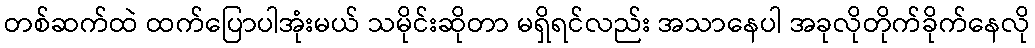
တစ်ဆက်ထဲ ထက်ပြောပါအုံးမယ် သမိုင်းဆိုတာ မရှိရင်လည်း အသာနေပါ အခုလိုတိုက်ခိုက်နေလို